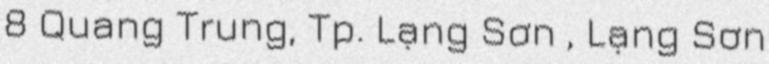
8 Quang Trung, Tp. Lạng Sơn , Lạng Sơn